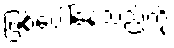
ဖြစ်ပေါ်နေသည်ကို